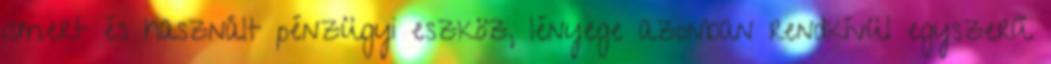
ismert és használt pénzügyi eszköz, lényege azonban rendkívül egyszerű